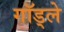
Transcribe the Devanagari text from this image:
गॉड्ले